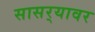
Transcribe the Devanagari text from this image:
सासर्‍यावर